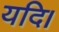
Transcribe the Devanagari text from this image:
यदि।